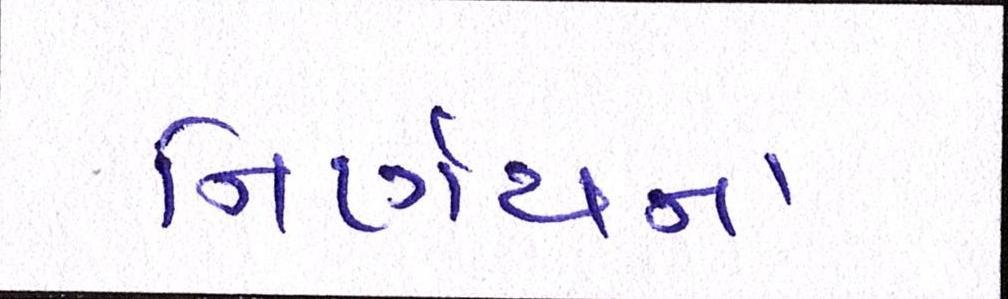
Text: નિર્ણયના